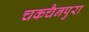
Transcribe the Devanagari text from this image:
चकचैनपुरा